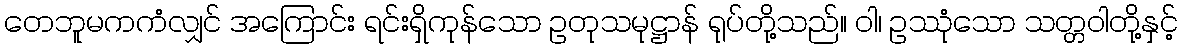
တေဘူမကကံလျှင် အကြောင်း ရင်းရှိကုန်သော ဥတုသမုဋ္ဌာန် ရုပ်တို့သည်။ ဝါ၊ ဥဿုံသော သတ္တဝါတို့နှင့်